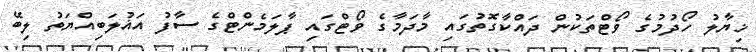
ޚިޔާލު ހޯދުމުގެ ވޯޓްތަކުން ދައްކާގޮތުގައި މާދަމާގެ ވޯޓްގައި ޕާލަމެންޓްގެ ސާފު އަޣުލަބިއްޔަތު ލިބޭ